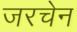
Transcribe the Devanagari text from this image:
जरचेन